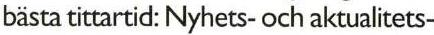
bästa tittartid: Nyhets- och aktualitets-